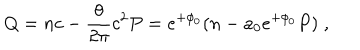
Q = n c - \frac { \theta } { 2 \pi } c ^ { 2 } P = e ^ { + \phi _ { 0 } } ( n - a _ { 0 } e ^ { + \phi _ { 0 } } P ) \; ,